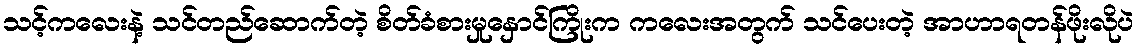
သင့်ကလေးနဲ့ သင်တည်ဆောက်တဲ့ စိတ်ခံစားမှုနှောင်ကြိုးက ကလေးအတွက် သင်ပေးတဲ့ အာဟာရတန်ဖိုးလိုပဲ